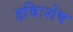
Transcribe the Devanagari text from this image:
हविःशेष